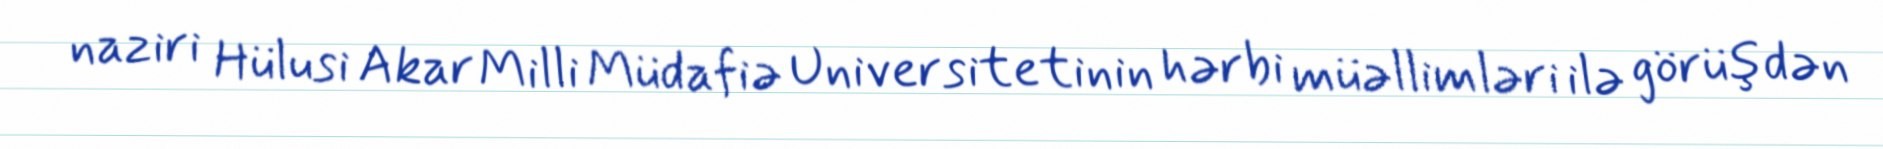
naziri Hülusi Akar Milli Müdafiə Universitetinin hərbi müəllimləri ilə görüşdən